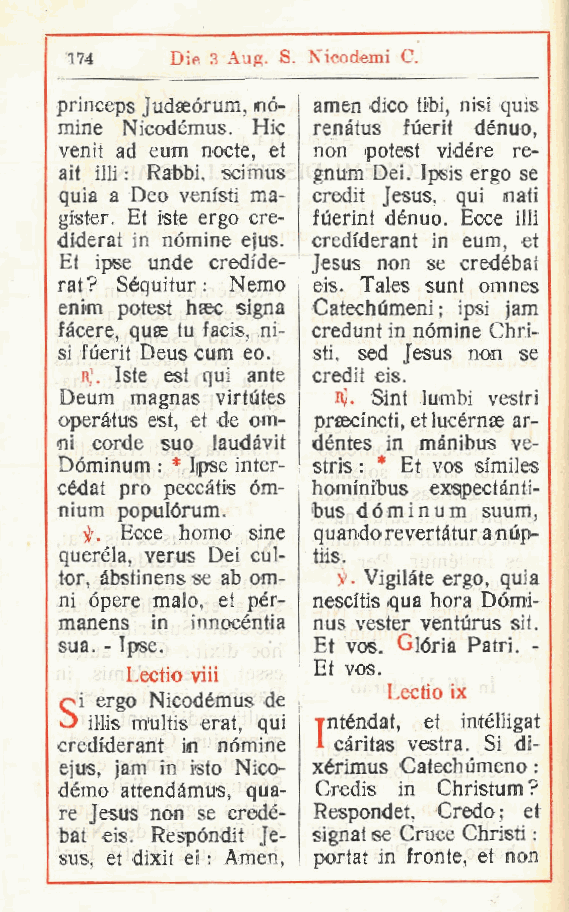
174   Die 3 Aug. S. Nicodemi C.
 princeps judseórum, nò- amen dico tibi, nisi quis
 mine Nicodémus. Hic renàtus fuerit denuo,
 venit ad eum nocte, et non potest vidére re-
 ail ili! : Rabbi, scimus gnum Dei. Ipsis ergo se
 quia a Deo venisti ma- credit Jesus, qui nati
 gister. Et iste ergo cre- fùerint dénuo. Ecce illi
 diderat in nòmine ejus. credfderant in eum, et
 Et ipse unde credfde- Jesus non se credébat
 rat? Séquitur : Nemo eis. Tales sunt omnes
 enim potest haec signa Catechumeni ; ipsi jam
 fàcere quae tu facis, ni- credunt in nòmine Chri-
 ,
 si fuerit Deus cum eo. sti, sed Jesus non se
 r). Iste est qui ante credit eis.
 Deum magnas virtutes R). Sint lumbi vestri
 operàtus est et de om- preecincti, etlucérnse ar-
 ,
 oi corde suo laudàvit déntes in mànibus ve-
 Dòminum : * Ipse inter- stris : * Et vos similes
 cédat prò peccàtis òm- hominibus exsipectànli-
 nium populórum.  bus dòminum suum,
 Ecce homo sine quando revertàtur a nùp-
 querèla, verus Dei cul- tiis.
 tor, àbstinens se ab om- y Vigilàte ergo, quia
 .
 ni òpere malo, et pér- nescitis .qua bora Dòmi-
 manens in innocéntia nus vester venturus sit.
 sua. - Ipse.     Et vos. Glòria Patri. -
 Et vos.
 Lectio viii
 Lectio ix
 q ì ergo Nicodémus de
 iHis multis erat qui yi nténdat, et intélligat
 ,
 credfderant in nòmine càritas vestra. Si di-
 ejus, jam in isto Nico- xérimus Catechumeno :
 démo attendàmus, qua- Credis in Christum ?
 re Jesus non se credé- Respondet, Credo ; et
 bat eis. Respóndit Je- signat se Cruce Ohristi :
 sus, et dixit ei : Amen, portat in fronte, et non